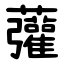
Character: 虇